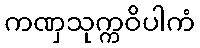
ကဏှသုက္ကဝိပါကံ